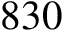
8 3 0